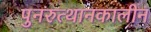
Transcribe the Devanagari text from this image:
पुनरुत्थानकालीन